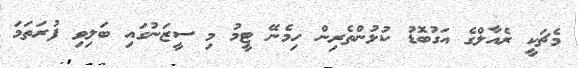
މެޗަކީ ރެއާލްގެ އަގުބޮޑު ކުޅުންތެރިން ހިމެނޭ ޓީމު މި ސީޒަނުގައި ބަލިވި ފުރަތަމަ